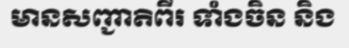
មានសញ្ជាតិពីរ ទាំងចិន និង